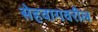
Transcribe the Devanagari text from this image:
सेहवागवरील